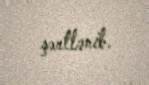
şərtlənib.